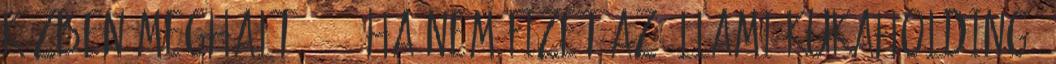
közben meghalt 06:56 Ha nem fizet az állami kukaholding,